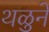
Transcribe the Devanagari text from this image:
थळुने